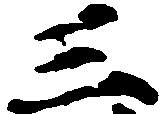
三